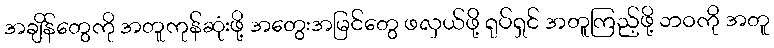
အချိန်တွေကို အတူကုန်ဆုံးဖို့ အတွေးအမြင်တွေ ဖလှယ်ဖို့ ရုပ်ရှင် အတူကြည့်ဖို့ ဘဝကို အတူ